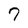
Character: 7